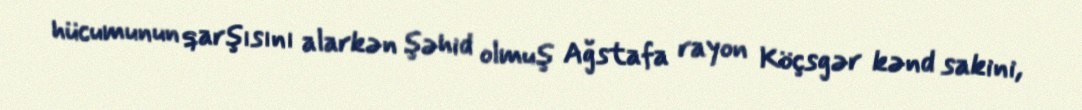
hücumunun qarşısını alarkən şəhid olmuş Ağstafa rayon Köçsgər kənd sakini,